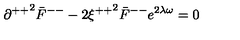
{ \partial ^ { + + } } ^ { 2 } { \bar { F } } ^ { -- } - 2 { \xi ^ { + + } } ^ { 2 } { \bar { F } } ^ { -- } e ^ { 2 \lambda \omega } = 0 \,